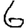
Digit: 6